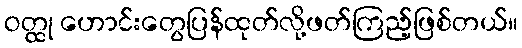
ဝတ္ထု ဟောင်းတွေပြန်ထုတ်လို့ဖတ်ကြည့်ဖြစ်တယ်။